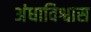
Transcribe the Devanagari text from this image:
अंधाविश्वास